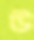
উ